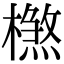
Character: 𣛶